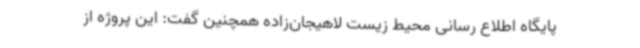
پایگاه اطلاع رسانی محیط زیست لاهیجان‌زاده همچنین گفت: این پروژه از